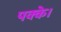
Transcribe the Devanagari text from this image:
पक्के।